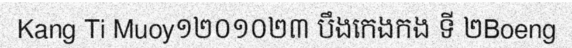
Kang Ti Muoy១២០១០២៣ បឹងកេងកង ទី ២Boeng